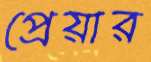
প্রেয়ার